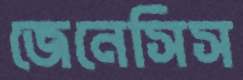
জেনেসিস